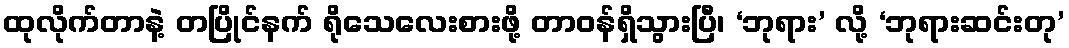
ထုလိုက်တာနဲ့ တပြိုင်နက် ရိုသေလေးစားဖို့ တာဝန်ရှိသွားပြီ၊ ‘ဘုရား’ လို့ ‘ဘုရားဆင်းတု’